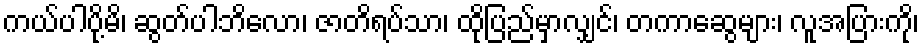
ကယ်ပါပို့မိ၊ ဆွတ်ပါဘိလော၊ ဇာတိရပ်သာ၊ ထိုပြည်မှာလျှင်၊ တကာဆွေများ၊ လူအပြားကို၊